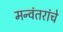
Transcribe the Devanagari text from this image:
मन्वंतरांचे